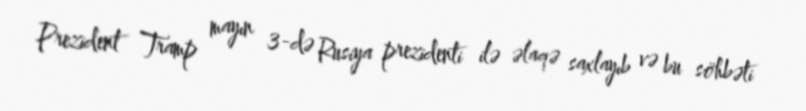
Prezident Tramp mayın 3-də Rusiya prezidenti ilə əlaqə saxlayıb və bu söhbəti